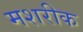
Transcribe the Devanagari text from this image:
मशरीक